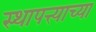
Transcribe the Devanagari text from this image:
स्थापत्त्याच्या